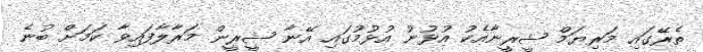
ތެރޭގައި މަރިޔަމް ޝީރީނާއެކު އުޅުނު އުޅުމުގައި އޭނާ ޝީރީން މަރާލާފައިވާ ކަމަށް ބުނެ